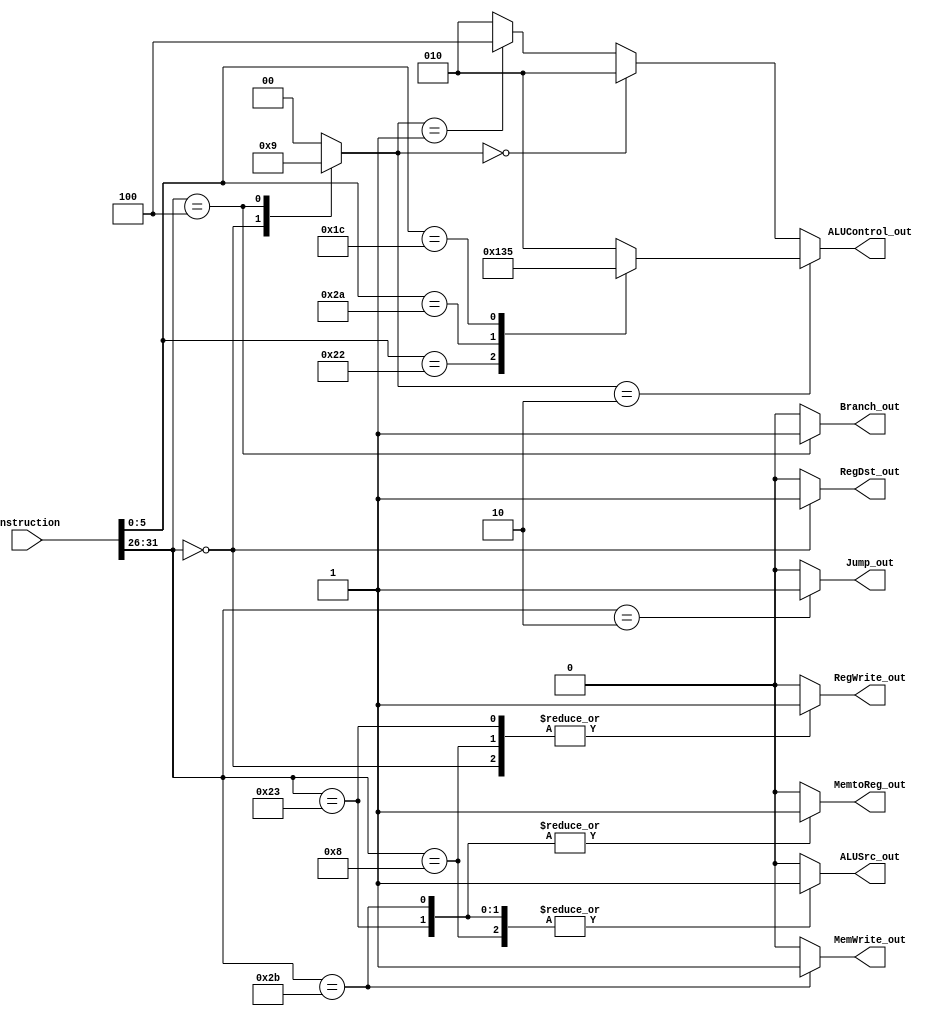
module Control_unit (
    input wire [31:0] Instruction,
    output wire MemtoReg_out,
    output wire MemWrite_out,
    output wire Branch_out,
    output wire ALUSrc_out,
    output wire RegDst_out,
    output wire RegWrite_out,
    output wire Jump_out,
    output wire [2:0] ALUControl_out
);
reg [1:0] ALUOp;
reg MemtoReg;
reg MemWrite;
reg Branch;
reg ALUSrc;
reg RegDst;
reg RegWrite;
reg Jump;
reg [2:0] ALUControl;

assign MemtoReg_out = MemtoReg;
assign MemWrite_out = MemWrite;
assign Branch_out = Branch;
assign ALUSrc_out = ALUSrc;
assign RegDst_out = RegDst;
assign RegWrite_out = RegWrite;
assign Jump_out = Jump;
assign ALUControl_out = ALUControl;
always @(*) begin
    case(Instruction[31:26])
    6'b100011:      //this is load word case
                begin
                    Jump    = 0;
                    ALUOp   = 2'b0;
                    MemWrite= 0;
                    RegWrite= 1;
                    RegDst  = 0;
                    ALUSrc  = 1;
                    MemtoReg= 1;
                    Branch  = 0;
                end
    6'b101011:      //store word case
                begin
                    Jump    = 0;
                    ALUOp   = 2'b0;
                    MemWrite= 1;
                    RegWrite= 0;
                    RegDst  = 0;
                    ALUSrc  = 1;
                    MemtoReg= 1;
                    Branch  = 0;
                end
    6'b000000:      //rtype case
                begin
                    Jump    = 0;
                    ALUOp   = 2'b10;
                    MemWrite= 0;
                    RegWrite= 1;
                    RegDst  = 1;
                    ALUSrc  = 0;
                    MemtoReg= 0;
                    Branch  = 0;
                end
    6'b001000:      //addImmediate case
                begin
                    Jump    = 0;
                    ALUOp   = 2'b0;
                    MemWrite= 0;
                    RegWrite= 1;
                    RegDst  = 0;
                    ALUSrc  = 1;
                    MemtoReg= 0;
                    Branch  = 0;
                end
    6'b000100:      //branch if equal case
                begin
                    Jump    = 0;
                    ALUOp   = 2'b01;
                    MemWrite= 0;
                    RegWrite= 0;
                    RegDst  = 0;
                    ALUSrc  = 0;
                    MemtoReg= 0;
                    Branch  = 1;
                end
    6'b000010:      //jump instruction case
                begin
                    Jump    = 1;
                    ALUOp   = 2'b0;
                    MemWrite= 0;
                    RegWrite= 0;
                    RegDst  = 0;
                    ALUSrc  = 0;
                    MemtoReg= 0;
                    Branch  = 0;
                end
    default:
                begin
                    Jump    = 0;
                    ALUOp   = 2'b0;
                    MemWrite= 0;
                    RegWrite= 0;
                    RegDst  = 0;
                    ALUSrc  = 0;
                    MemtoReg= 0;
                    Branch  = 0;
                end
    endcase
    if (ALUOp == 2'b10) begin
        case (Instruction[5:0])
            6'b100000:  //addition function
                ALUControl  = 3'b010;
            6'b100010:  //subtraction function
                ALUControl  = 3'b100;
            6'b101010:  //SLT function
                ALUControl  = 3'b110;
            6'b011100:  //multiplication function
                ALUControl  = 3'b101;
            default:
                ALUControl  = 3'b010;
        endcase
    end
    else if (ALUOp == 2'b00)
        ALUControl  = 3'b010;
    else if (ALUOp == 2'b01)
        ALUControl  = 3'b100;
    else
        ALUControl  = 3'b010;
end
    
endmodule